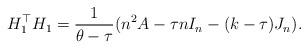
LaTeX: \begin{align*}H_1^\top H_1=\frac{1}{\theta-\tau}(n^2A-\tau nI_n-(k-\tau)J_n). \end{align*}